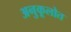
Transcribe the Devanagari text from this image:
अनुकूलोत